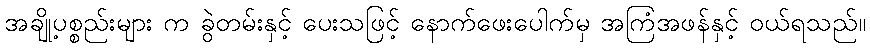
အချို့ပစ္စည်းများ က ခွဲတမ်းနှင့် ပေးသဖြင့် နောက်ဖေးပေါက်မှ အကြံအဖန်နှင့် ဝယ်ရသည်။